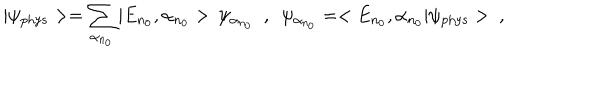
| \psi _ { \mathrm { p h y s } } > = \sum _ { \alpha _ { n _ { 0 } } } | E _ { n _ { 0 } } , \alpha _ { n _ { 0 } } > \, \psi _ { \alpha _ { n _ { 0 } } } \ \ , \ \ \psi _ { \alpha _ { n _ { 0 } } } = < E _ { n _ { 0 } } , \alpha _ { n _ { 0 } } | \psi _ { \mathrm { p h y s } } > \ ,